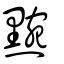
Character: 黦